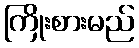
ကြိုးစားမည်